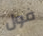
فول